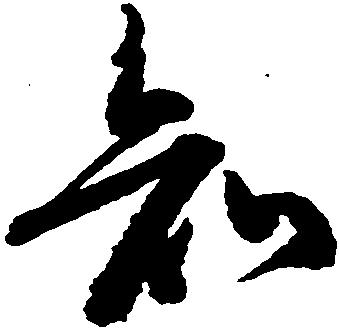
知